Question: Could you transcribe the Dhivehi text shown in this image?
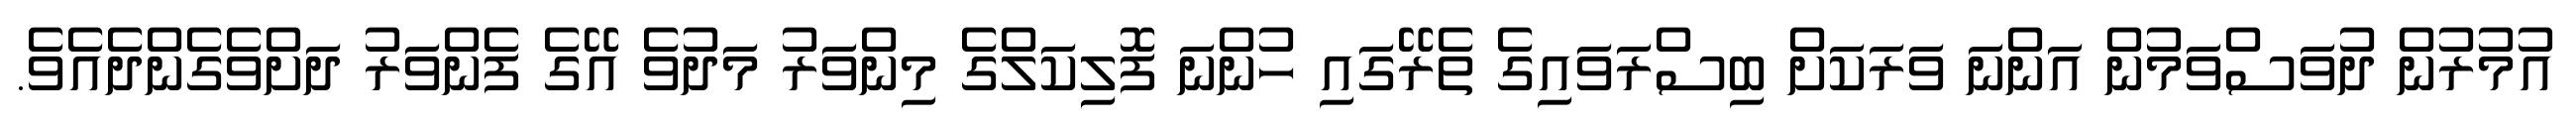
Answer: އުމުރުން ދުވަސްވަމުން އަންނަ ވަރަކަށް ބިސްރަވައިގެ ތެރޭގައި ހުންނަ ފޮލިކަލްގެ މިންވަރު މަދުވެ އޭގެ ފެންވަރު ދަށްވެގެންދެއެވެ.